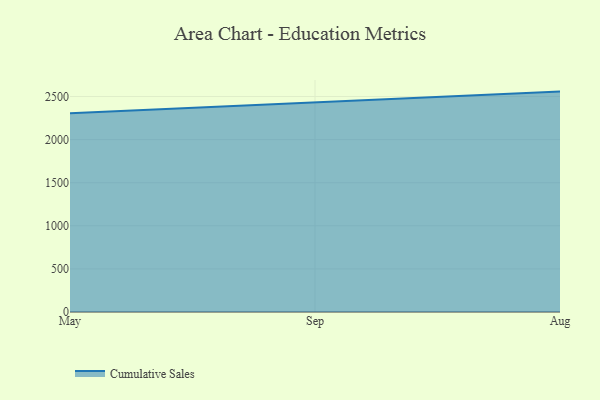
{"axis": {"x": "Month", "y": "Page Views"}, "legend": ["Cumulative Sales"], "data": [{"x": "May", "y": 2304.7, "type": "Cumulative Sales"}, {"x": "Sep", "y": 2427.9, "type": "Cumulative Sales"}, {"x": "Aug", "y": 2557.2, "type": "Cumulative Sales"}]}